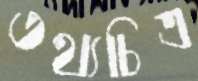
তথ্যচিত্র